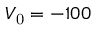
V _ { \mathrm { 0 } } = - 1 0 0